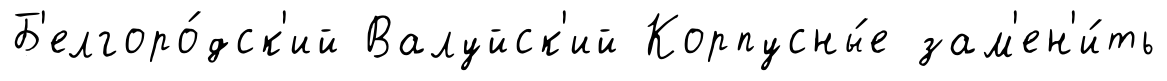
Б'елгоро́дск'ий Валуйск'ий Корпусны́е зам'ен'и́ть